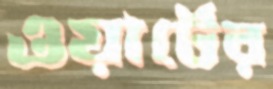
ওয়ার্টের